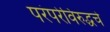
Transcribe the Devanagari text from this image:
परंपरेविरुद्धचे